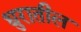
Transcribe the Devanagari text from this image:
धुरातील